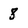
Character: 8